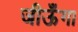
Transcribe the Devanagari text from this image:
जीऊँगा